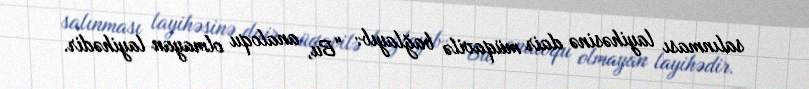
salınması layihəsinə dair müqavilə bağlayıb: “Bu, analoqu olmayan layihədir.